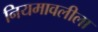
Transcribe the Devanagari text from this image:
नियमावलीला